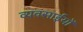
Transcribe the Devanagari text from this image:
व्यवसाईयों